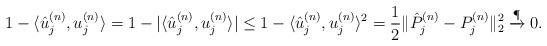
LaTeX: \begin{align*} 1-\langle \hat{u}_j^{(n)},u_j^{(n)} \rangle=1-|\langle \hat{u}_j^{(n)},u_j^{(n)}\rangle|\leq 1-\langle \hat{u}_j^{(n)},u_j^{(n)}\rangle^2=\frac{1}{2}\|\hat P_j^{(n)}-P_j^{(n)}\|_2^2\xrightarrow{\P} 0.\end{align*}